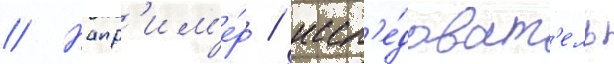
// Напр'им'е́р / иссл'е́доват'ель